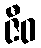
ဇီဝ